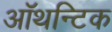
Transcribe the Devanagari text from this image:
ऑथन्टिक